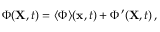
\Phi ( { \bf { X } } , t ) = \langle { \Phi } \rangle ( { \bf { x } } , t ) + \Phi ^ { \prime } ( { \bf { X } } , t ) \, ,